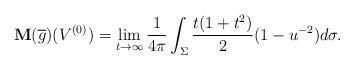
LaTeX: \begin{align*}\mathbf{M}(\overline{g})(V^{(0)})=\lim_{t\rightarrow\infty}\frac{1}{4\pi}\int_{\Sigma}\frac{t(1+t^2)}{2}(1-u^{-2})d\sigma.\end{align*}